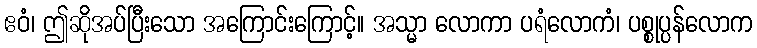
ဧဝံ၊ ဤဆိုအပ်ပြီးသော အကြောင်းကြောင့်။ အသ္မာ လောကာ ပရံလောကံ၊ ပစ္စုပ္ပန်လောက